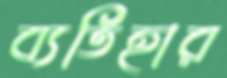
ব্যতিহার